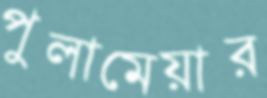
পুলামেয়ার